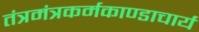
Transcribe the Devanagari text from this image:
तंत्रमंत्रकर्मकाण्डाचार्य